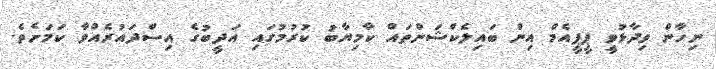
ނިހާން ވިދާޅުވީ ޕީޕީއެމް އިން ބައިިލެކްޝަންތައް ކާމިޔާބު ކުރުމުގައި އަދީބުގެ އިސްދައުރެއްވާ ކަމަށެވެ.